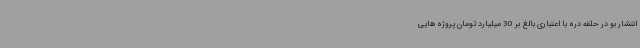
انتشار بو در حلقه دره با اعتباری بالغ بر 30 میلیارد تومان پروژه هایی